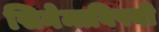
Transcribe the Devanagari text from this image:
सिनेमाविषयी